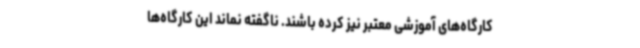
کارگاه‌های آموزشی معتبر نیز کرده باشند. ناگفته نماند این کارگاه‌ها